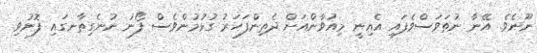
ނޫނެވެ. އޭނާ ނުތަވަސްވެފައި އެއިނީ މިއުވާންއަށް ދެތިންފަހަރު ގުޅުމުންވެސް ފޯނު ނުނެގިތާނގައި ފޮނުވި